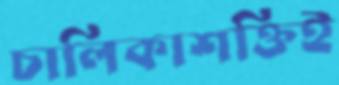
চালিকাশক্তিই